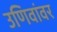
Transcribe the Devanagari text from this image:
उणिवांवर